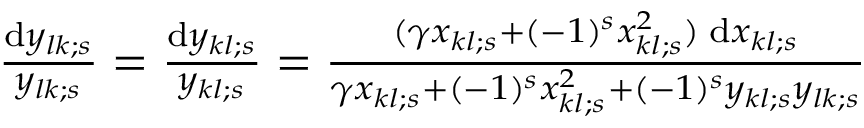
\begin{array} { r } { { \frac { \mathrm { d } y _ { l k ; s } } { y _ { l k ; s } } } = { \frac { \mathrm { d } y _ { k l ; s } } { y _ { k l ; s } } } = { \frac { ( \gamma x _ { k l ; s } + ( - 1 ) ^ { s } x _ { k l ; s } ^ { 2 } ) \; \mathrm { d } x _ { k l ; s } } { \gamma x _ { k l ; s } + ( - 1 ) ^ { s } x _ { k l ; s } ^ { 2 } + ( - 1 ) ^ { s } y _ { k l ; s } y _ { l k ; s } } } } \end{array}